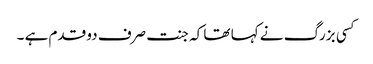
کسی بزرگ نے کہا تھا کہ جنت صرف دو قدم ہے ۔